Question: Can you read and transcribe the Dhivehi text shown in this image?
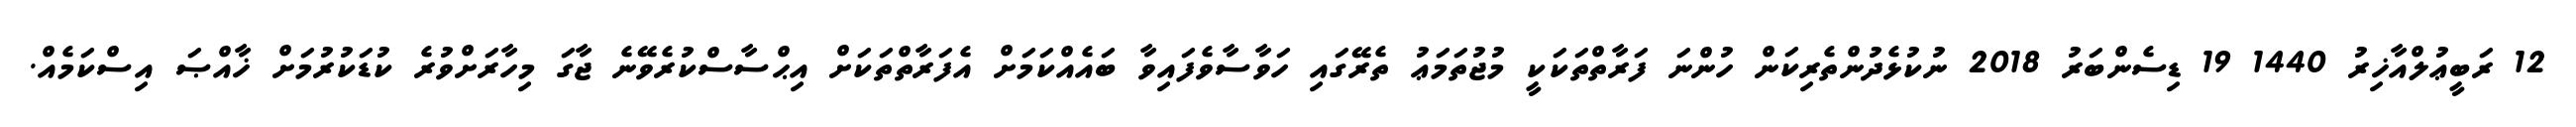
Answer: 12 ރަބީޢުލްއާޚިރު 1440 19 ޑިސެންބަރު 2018 ނުކުޅެދުންތެރިކަން ހުންނަ ފަރާތްތަކަކީ މުޖުތަމަޢު ތެރޭގައި ހަވާސާވެފައިވާ ބައެއްކަމަށް އެފަރާތްތަކަށް އިޙްސާސްކުރެވޭނެ ޖާގަ މިހާރަށްވުރެ ކުޑަކުރުމަށް ޚާއްޞަ އިސްކަމެއް.